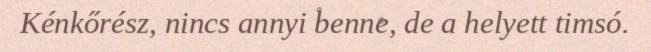
Kénkőrész, nincs annyi benne, de a helyett timsó.